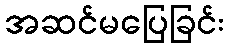
အဆင်မပြေခြင်း